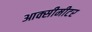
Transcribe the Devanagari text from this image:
आक्सीमीटर